Indian journal of veterinary science and animal husbandry - Volume 14,
Year: 1944
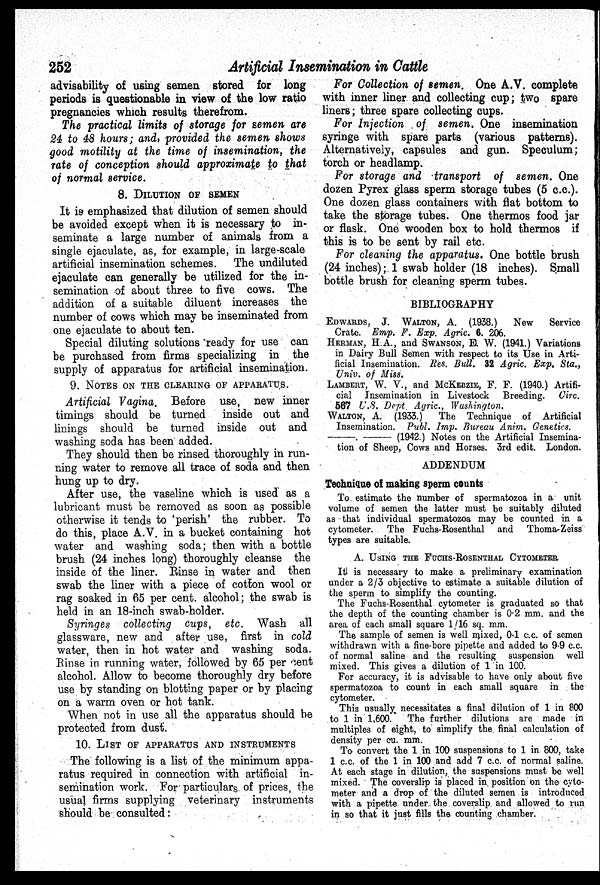
252
Artificial Insemination in Cattle
advisability of using semen stored for long
periods is questionable in view of the low ratio
pregnancies which results therefrom.
The practical limits of storage for semen are
24 to 48 hours; and, provided the semen shows
good motility at the time of insemination, the
rate of conception should approximate to that
of normal service.
8. DILUTION OF SEMEN
It is emphasized that dilution of semen should
be avoided except when it is necessary to in-
seminate a large number of animals from a
single ejaculate, as, for example, in large-scale
artificial insemination schemes. The undiluted
ejaculate can generally be utilized for the in-
semination of about three to five cows. The
addition of a suitable diluent increases the
number of cows which may be inseminated from
one ejaculate to about ten.
Special diluting solutions ready for use can
be purchased from firms specializing in the
supply of apparatus for artificial insemination.
9. NOTES ON THE CLEARING OF APPARATUS.
Artificial Vagina. Before use, new inner
timings should be turned
inside out and
linings should be turned inside out and
washing soda has been added.
They should then be rinsed thoroughly in run-
ning water to remove all trace of soda and then
hung up to dry.
After use, the vaseline which is used as a
lubricant must be removed as soon as possible
otherwise it tends to 'perish' the rubber. To
do this, place A.V. in a bucket containing hot
water and washing soda; then with a bottle
brush (24 inches long) thoroughly cleanse the
inside of the liner. Rinse in water and then
swab the liner with a piece of cotton wool or
rag soaked in 65 per cent. alcohol; the swab is
held in an 18-inch swab-holder.
Syringes collecting cups, etc. Wash all
glassware, new and after use, first in cold
water, then in hot water and washing soda.
Rinse in running water, followed by 65 per cent
alcohol. Allow to become thoroughly dry before
use by standing on blotting paper or by placing
on a warm oven or hot tank.
When not in use all the apparatus should be
protected from dust.
10. LIST OF APPARATUS AND INSTRUMENTS
The following is a list of the minimum appa-
ratus required in connection with artificial in-
semination work. For particulars of prices, the
usual firms supplying veterinary instruments
should be consulted:
For Collection of semen. One A.V. complete
with inner liner and collecting cup; two spare
liners; three spare collecting cups.
For Injection of semen. One insemination
syringe with spare parts (various patterns).
Alternatively, capsules and gun. Speculum;
torch or headlamp.
For storage and transport of semen. One
dozen Pyrex glass sperm storage tubes (5 c.c.).
One dozen glass containers with flat bottom to
take the storage tubes. One thermos food jar
or flask. One wooden box to hold thermos if
this is to be sent by rail etc.
For cleaning the apparatus. One bottle brush
(24 inches); 1 swab holder (18 inches). Small
bottle brush for cleaning sperm tubes.
BIBLIOGRAPHY
EDWARDS, J. WALTON, A. (1938.)
New
Service
Crate. Emp. F. Exp. Agric. 6. 206.
HERMAN, H.A., and SWANSON, E. W. (1941.) Variations
in Dairy Bull Semen with respect to its Use in Arti-
ficial Insemination. Res. Bull. 32 Agric. Exp. Sta.,
Univ. of Miss.
LAMBERT, W. V., and MCKEBZIE, F. F. (1940.) Artifi-
cial Insemination in Livestock Breeding. Circ.
567 U.S. Dept. Agric., Washington.
WALTON, A. (1933.)
The Technique of Artificial
Insemination. Publ. Imp. Bureau Anim. Genetics.
—(1942.)
Notes on the Artificial Insemina-
tion of Sheep, Cows and Horses. 3rd edit. London.
ADDENDUM
Technique of making sperm counts
To estimate the number of spermatozoa in a unit
volume of semen the latter must be suitably diluted
as that individual spermatozoa may be counted in a
cytometer. The Fuchs-Rosenthal and Thoma-Zeiss
types are suitable.
A. USING THE FUCHS-ROSENTHAL CYTOMETER
It is necessary to make a preliminary examination
under a 2/3 objective to estimate a suitable dilution of
the sperm to simplify the counting.
The Fuchs-Rosenthal cytometer is graduated so that
the depth of the counting chamber is 0.2 mm. and the
area of each small square 1/16 sq. mm.
The sample of semen is well mixed, 0.1 c.c. of semen
withdrawn with a fine-bore pipette and added to 9.9 c.c.
of normal saline and the resulting suspension well
mixed. This gives a dilution of 1 in 100.
For accuracy, it is advisable to have only about five
spermatozoa to count in each small square in the
cytometer.
This usually necessitates a final dilution of 1 in 800
to 1 in 1,600. The further dilutions are made in
multiples of eight, to simplify the final calculation of
density per cu. mm.
To convert the 1 in 100 suspensions to 1 in 800, take
1 c.c. of the 1 in 100 and add 7 c.c. of normal saline.
At each stage in dilution, the suspensions must be well
mixed. The coverslip is placed in position on the cyto-
meter and a drop of the diluted semen is introduced
with a pipette under the coverslip and allowed to run
in so that it just fills the counting chamber.